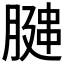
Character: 𫆩